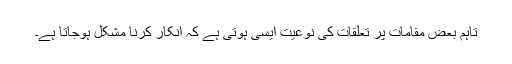
تاہم بعض مقامات پر تعلقات کی نوعیت ایسی ہوتی ہے کہ انکار کرنا مشکل ہوجاتا ہے۔